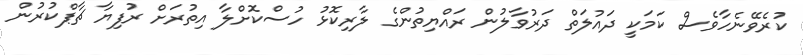
ކުރެވޭނެހާވެސް ކަމަކީ ދައުލަތް ދަރުވާލުން ރައްޔިތުންގެ ލާރިކޮޅު ހުސްކޮށްލާ އިތުރަށް ރުފިޔާ ޗާޕްކުރުން